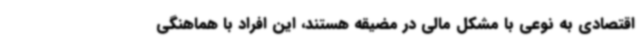
اقتصادی به نوعی با مشکل مالی در مضیقه هستند، این افراد با هماهنگی